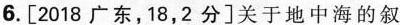
6.[2018广东，18，2分]关于地中海的叙